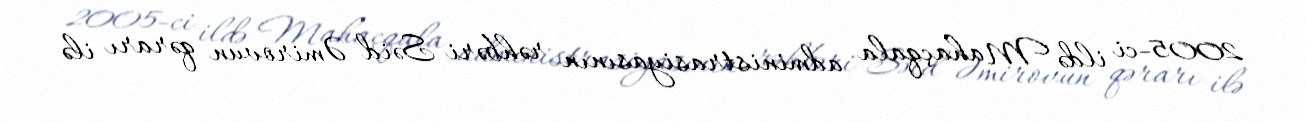
2005-ci ildə Mahaçqala administrasiyasının rəhbəri Səid Əmirovun qərarı ilə